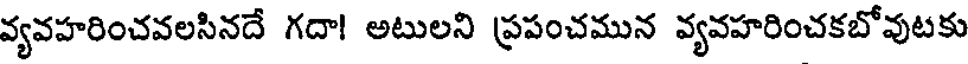
వ్యవహరించవలసినదే గదా! అటులని ప్రపంచమున వ్యవహరించకబోవుటకు